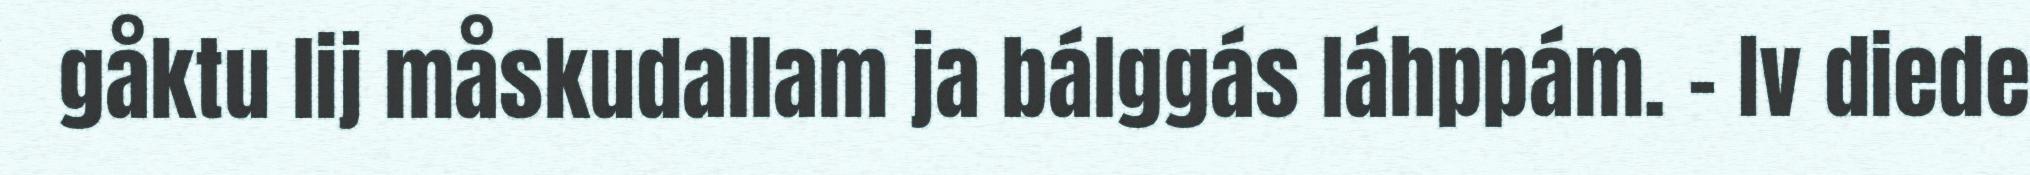
gåktu lij måskudallam ja bálggás láhppám. – Iv diede